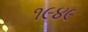
૧૯૪૯